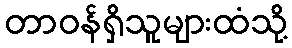
တာဝန်ရှိသူများထံသို့